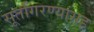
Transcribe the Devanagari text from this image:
सूतगिरण्यांसह